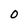
Character: 0